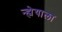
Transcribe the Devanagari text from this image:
न्ह्येयाला